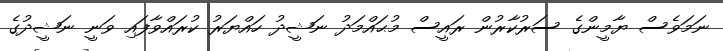
ނަމަވެސް ޔާމީންގެ ސަރުކާރުން ރައީސް މުޙައްމަދު ނަޝީދު ހައްޔަރު ކުރައްވާފައި ވަނީ ނަޝީދުގެ